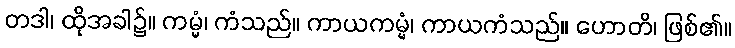
တဒါ၊ ထိုအခါ၌။ ကမ္မံ၊ ကံသည်။ ကာယကမ္မံ၊ ကာယကံသည်။ ဟောတိ၊ ဖြစ်၏။